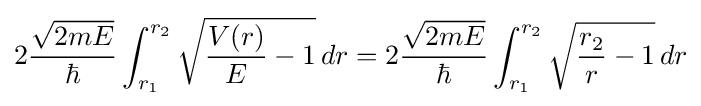
2{\frac {\sqrt {2mE}}{\hbar }}\int _{r_{1}}^{r_{2}}{\sqrt {{\frac {V(r)}{E}}-1}}\,dr=2{\frac {\sqrt {2mE}}{\hbar }}\int _{r_{1}}^{r_{2}}{\sqrt {{\frac {r_{2}}{r}}-1}}\,dr